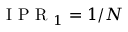
\mathrm { ~ I ~ P ~ R ~ } _ { 1 } = 1 / N